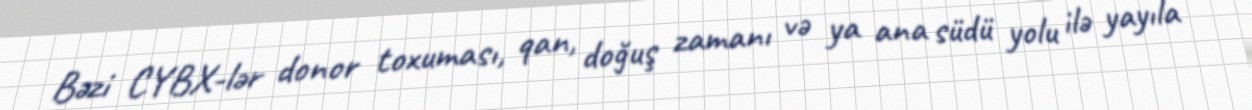
Bəzi CYBX-lər donor toxuması, qan, doğuş zamanı və ya ana südü yolu ilə yayıla